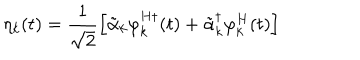
LaTeX: \eta _ { k } ( t ) = \frac { 1 } { \sqrt { 2 } } \left[ \tilde { \alpha } _ { k } \varphi _ { k } ^ { H \dagger } ( t ) + { \tilde { \alpha } } _ { k } ^ { \dagger } \varphi _ { k } ^ { H } ( t ) \right]